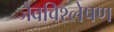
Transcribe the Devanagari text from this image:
जैवविश्लेषण